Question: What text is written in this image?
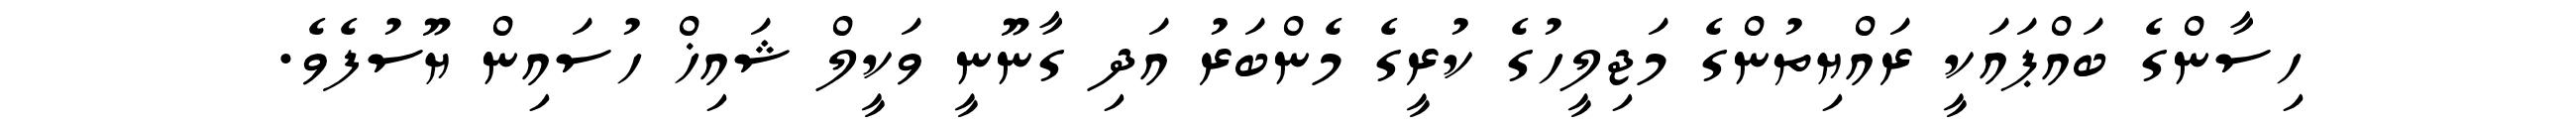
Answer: ހިސާންގެ ބައްޕައަކީ ރައްޔިތުންގެ މަޖިލީހުގެ ކުރީގެ މެންބަރު އަދި ގާނޫނީ ވަކީލް ޝައިޚް ހުސައިން ޔޫސުފެވެ.